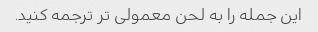
این جمله را به لحن معمولی تر ترجمه کنید.